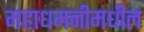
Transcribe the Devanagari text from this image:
महाधमनीमधील